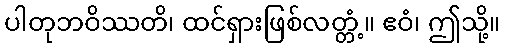
ပါတုဘဝိဿတိ၊ ထင်ရှားဖြစ်လတ္တံ့။ ဧဝံ၊ ဤသို့။